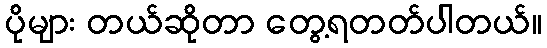
ပိုများ တယ်ဆိုတာ တွေ့ရတတ်ပါတယ်။